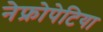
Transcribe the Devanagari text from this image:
नेफ्रोपेटिया